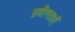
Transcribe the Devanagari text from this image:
प्रवीणताएँ